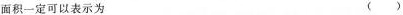
面积一定可以表示为 ( )